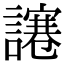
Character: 𧬯